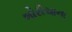
બોરીચાના